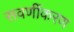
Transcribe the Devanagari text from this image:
सवर्णीकरण